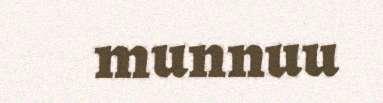
munnuu